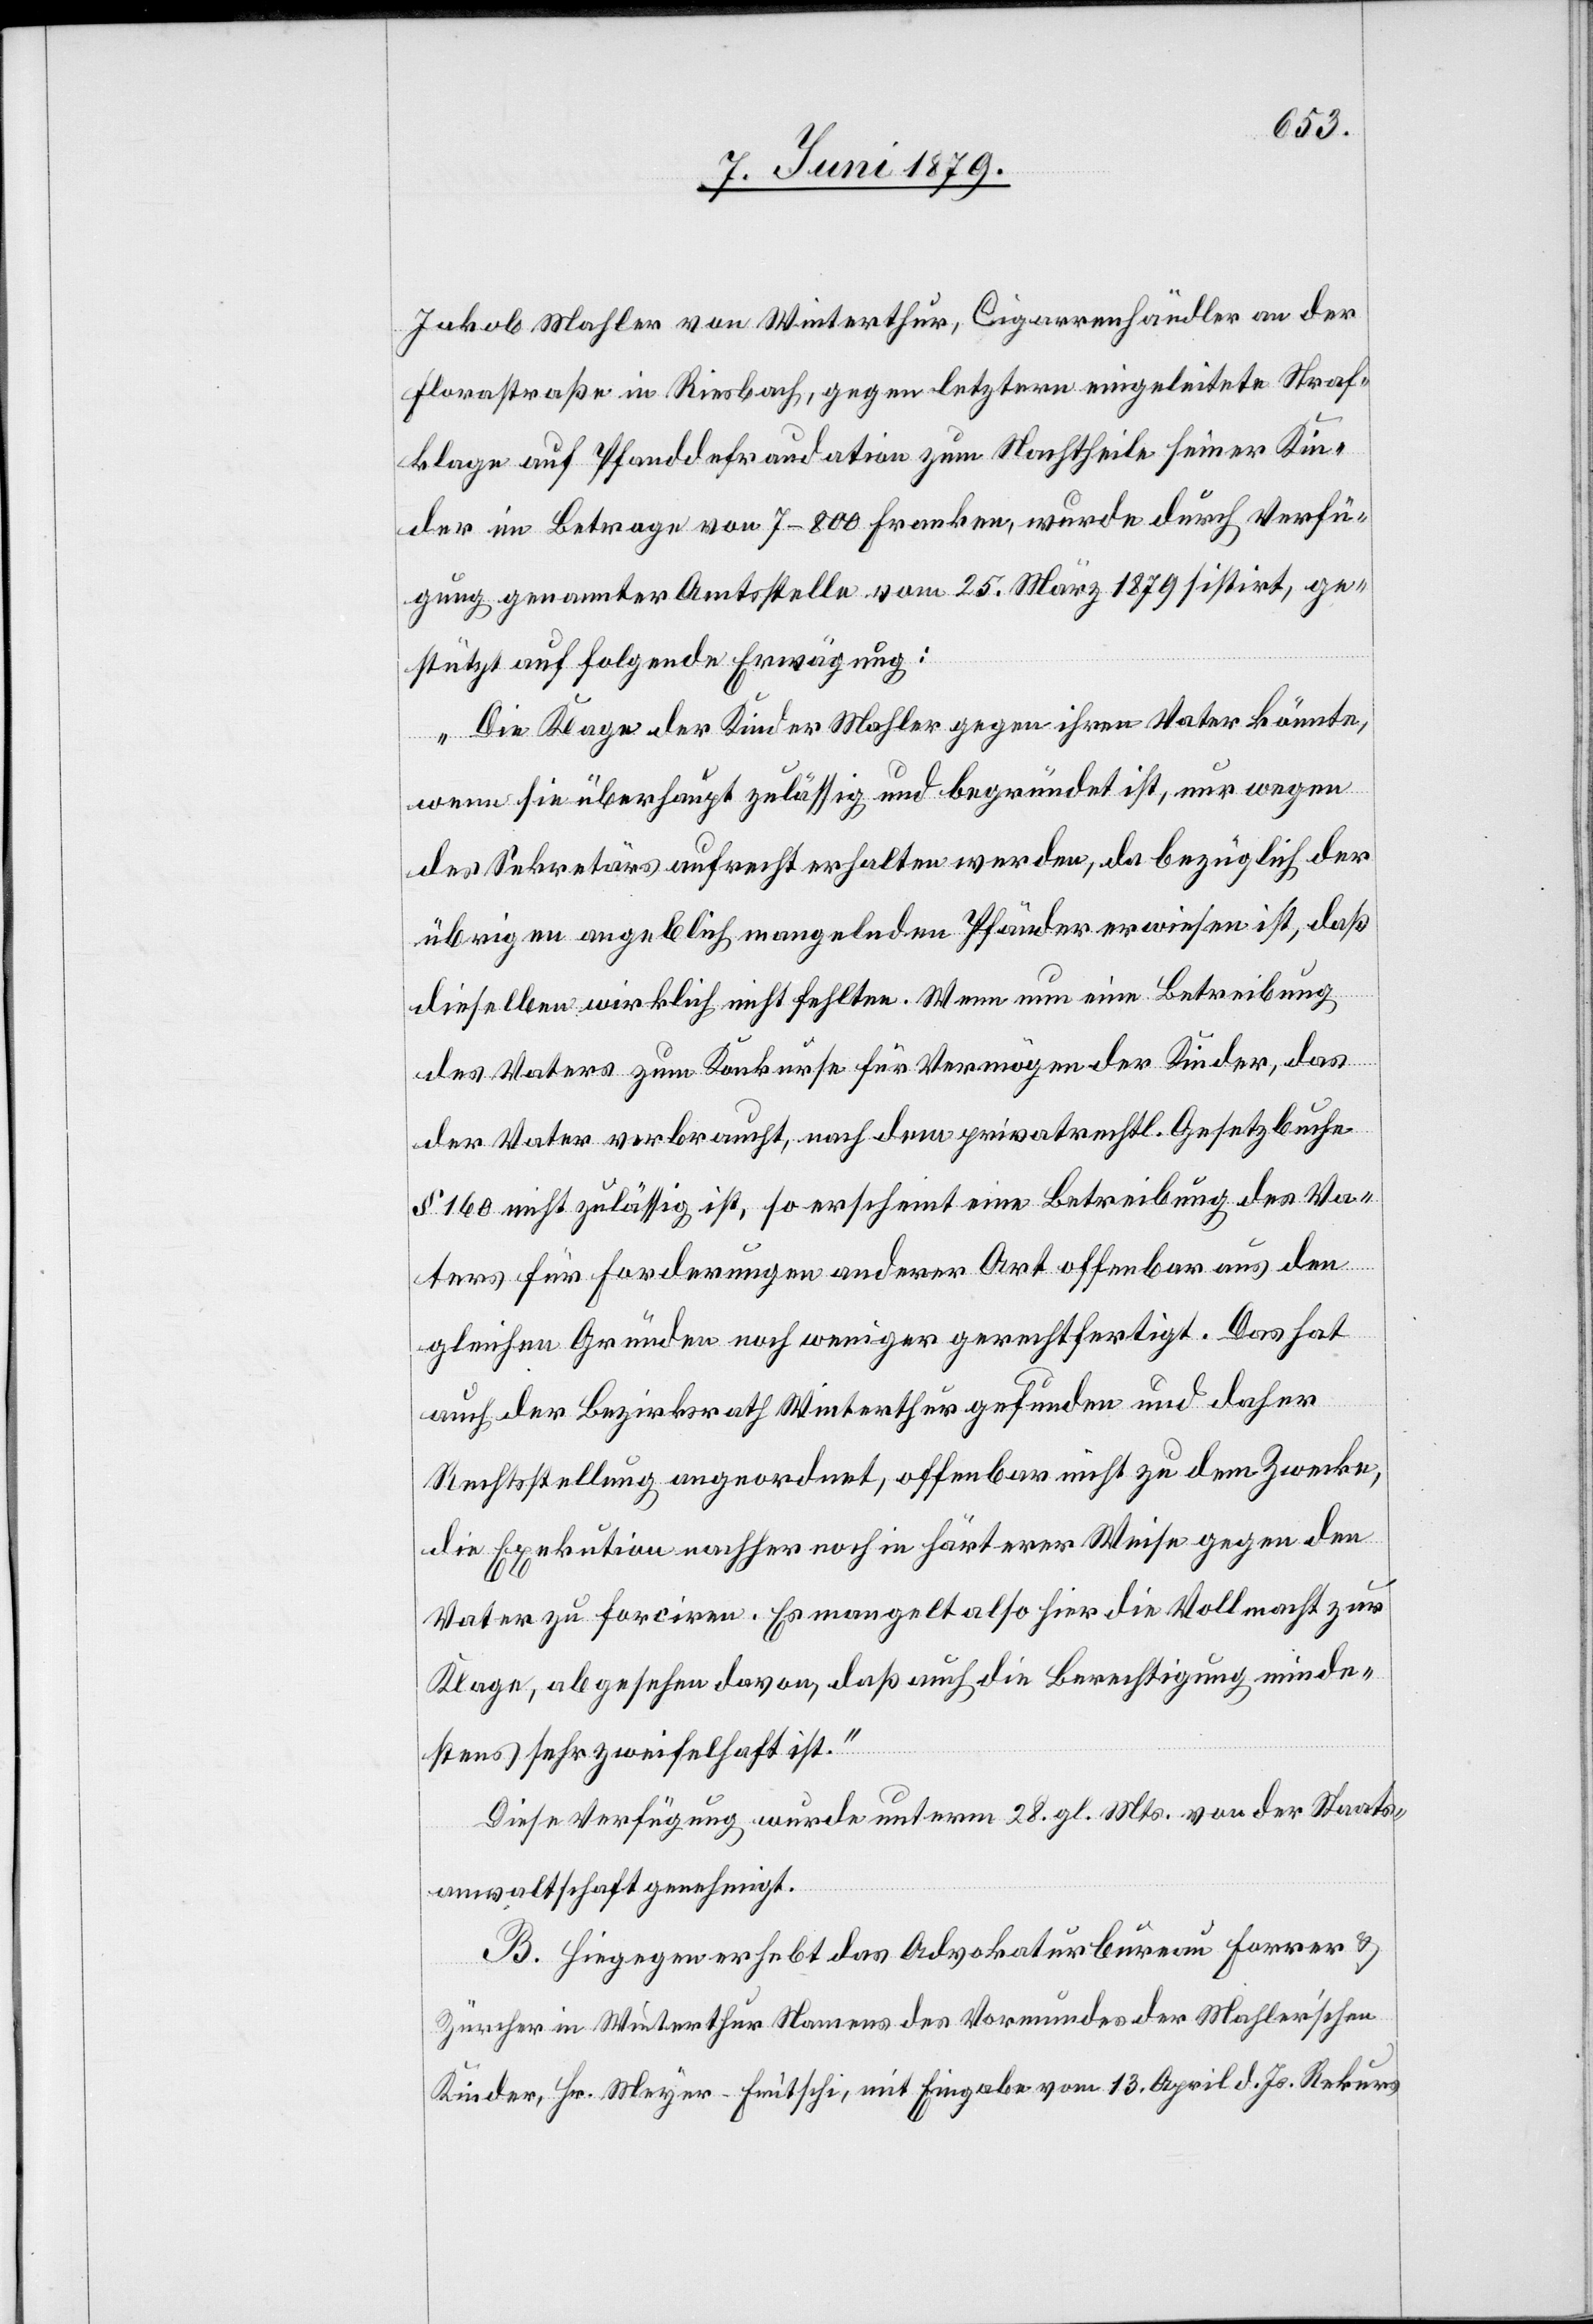
Jakob Mahler von Winterthur, Cigarrenhändler an der
Florastraße in Riesbach, gegen letztern eingeleitete Straf¬
klage auf Pfanddefraudation zum Nachtheile seiner Kin¬
der im Betrage von 7–800 Franken, wurde durch Verfü¬
gung genannter Amtsstelle vom 25. März 1879 sistirt, ge¬
stützt auf folgende Erwägung:
„Die Klage der Kinder Mahler gegen ihren Vater könnte,
wenn sie überhaupt zulässig und begründet ist, nur wegen
des Sekretärs aufrecht erhalten werden, da bezüglich der
übrigen angeblich mangelnden Pfänder erwiesen ist, daß
dieselben wirklich nicht fehlten. Wenn nun eine Betreibung
des Vaters zum Konkurse für Vermögen der Kinder, das
der Vater verbraucht, nach dem privatrechtl. Gesetzbuche
§ 160 nicht zulässig ist, so erscheint eine Betreibung des Va¬
ters für Forderungen anderer Art offenbar aus den
gleichen Gründen noch weniger gerechtfertigt. Das hat
auch der Bezirksrath Winterthur gefunden und daher
Rechtstellung angeordnet, offenbar nicht zu dem Zwecke,
die Exekution nachher noch in härterer Weise gegen den
Vater zu forciren. Es mangelt also hier die Vollmacht zur
Klage, abgesehen davon, daß auch die Berechtigung minde¬
stens sehr zweifelhaft ist.“
Diese Verfügung wurde unterm 28. gl. Mts. von der Staats¬
anwaltschaft genehmigt.
B. Hiegegen erhebt das Advokaturbureau Forrer &
Zürcher in Winterthur Namens des Vormundes der Mahler’schen
Kinder, Hr. Meyer-Fritschi, mit Eingabe vom 13. April d. Js. Rekurs